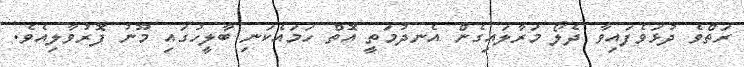
ރަތްވެ ދުޅަވެފައިވާ ދެލޯ މަރާލައިގެން އެނދުމަތީ އޮތް ހަމައެކަނި ބާލީހުގައި މޫނު ފޮރުވާލިއެވެ.